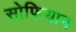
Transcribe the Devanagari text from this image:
सोफियान